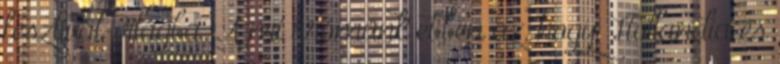
fesztivál-világba. A mi örömünk ebben az, hogy Hollandia és